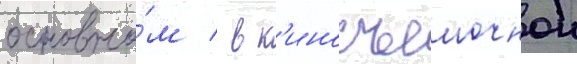
основно́м / в к'иносъемочнои